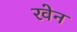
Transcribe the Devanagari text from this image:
रवेन